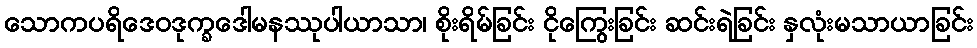
သောကပရိဒေဝဒုက္ခဒေါမနဿုပါယာသာ၊ စိုးရိမ်ခြင်း ငိုကြွေးခြင်း ဆင်းရဲခြင်း နှလုံးမသာယာခြင်း